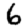
Digit: 6